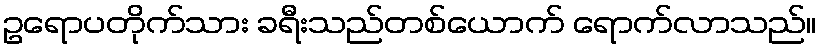
ဥရောပတိုက်သား ခရီးသည်တစ်ယောက် ရောက်လာသည်။